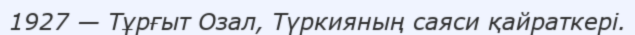
1927 — Тұрғыт Озал, Түркияның саяси қайраткері.